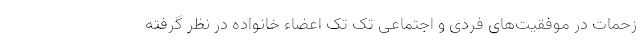
زحمات در موفقیت‌های فردی و اجتماعی تک تک اعضاء خانواده در نظر گرفته